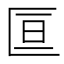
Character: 𫧑